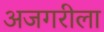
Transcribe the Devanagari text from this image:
अजगरीला